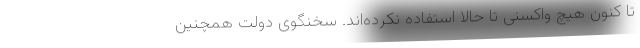
تا کنون هیچ واکسنی تا حالا استفاده نکرده‌اند. سخنگوی دولت همچنین